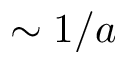
\sim 1 / a